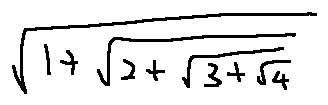
\sqrt { 1 + \sqrt { 2 + \sqrt { 3 + \sqrt { 4 } } } }